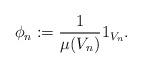
LaTeX: \begin{align*} \phi_{n}:= \frac{1}{\mu(V_{n})}1_{V_{n}}. \end{align*}